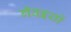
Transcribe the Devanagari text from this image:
गँवइयों